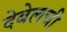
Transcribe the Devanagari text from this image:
देबेलची